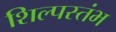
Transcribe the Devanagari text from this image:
शिल्पस्तंभ